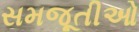
સમજૂતીઓ